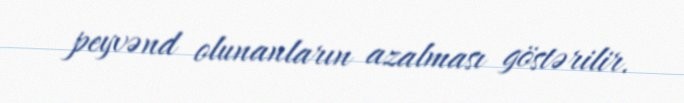
peyvənd olunanların azalması göstərilir.